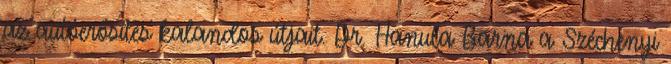
az autóerősítés kalandos útjait. Dr. Hanula Barna a Széchenyi